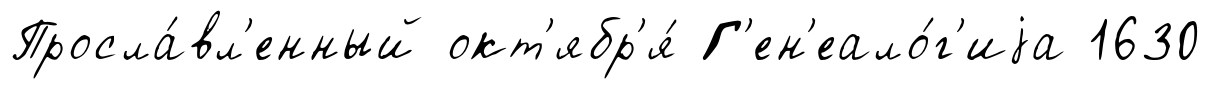
Просла́вл'енный окт'ябр'я́ Г'ен'еало́г'иjа 1630